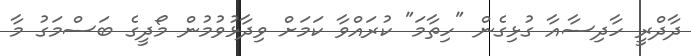
ދާދްރީ ހާދިސާއާ ގުޅިގެން "ހިތާމަ" ކުރައްވާ ކަމަށް ވިދާޅުވުމުން މޯދީގެ ބަސްމަގު މާ